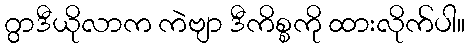
ဂွာဒီယိုလာက ကဲဗျာ ဒီကိစ္စကို ထားလိုက်ပါ။